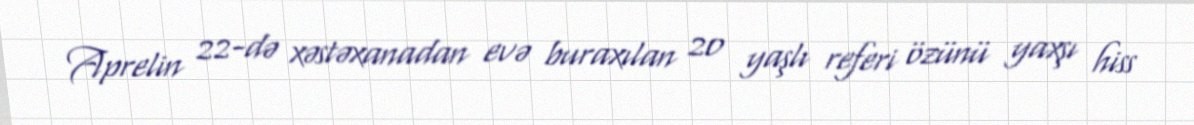
Aprelin 22-də xəstəxanadan evə buraxılan 20 yaşlı referi özünü yaxşı hiss